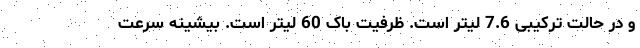
و در حالت ترکیبی 7.6 لیتر است. ظرفیت باک 60 لیتر است. بیشینه سرعت